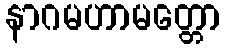
နာဂမဟာမတ္တော